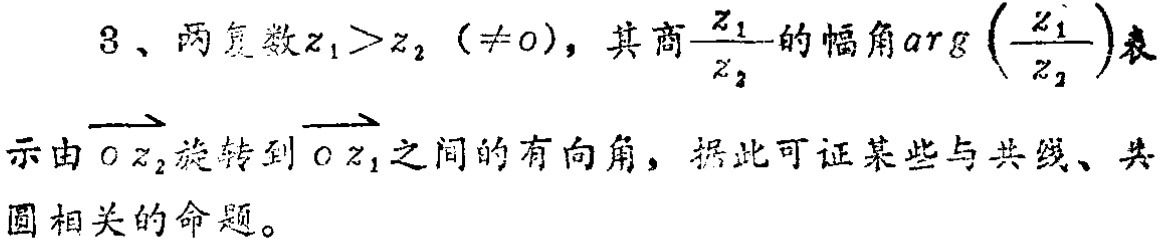
3、两复数\(z_{1}>z_{2}(\neq0)\)，其商\(\frac{z_{1}}{z_{2}}\)的幅角\(\mathrm{arg}\left(\frac{z_{1}}{z_{2}}\right)\)表
示由\(\overrightarrow{O z_{2}}\)旋转到\(\overrightarrow{O z_{1}}\)之间的有向角，据此可证某些与共线、共
圆相关的命题。